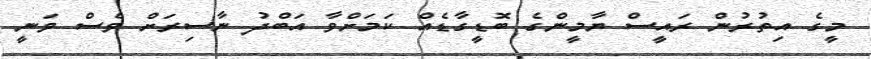
މީގެ އިތުރުން ރައީސް ޔާމީންގެ ބޮޑީގާޑެއް ކަމަށްވާ އަބްދު ނާސިރަށް ވެސް ވަނީ